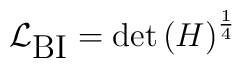
\mathcal{L}_{\textrm{BI}} =  \det\left(H\right)^{\frac{1}{4}}